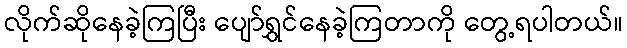
လိုက်ဆိုနေခဲ့ကြပြီး ပျော်ရွှင်နေခဲ့ကြတာကို တွေ့ရပါတယ်။